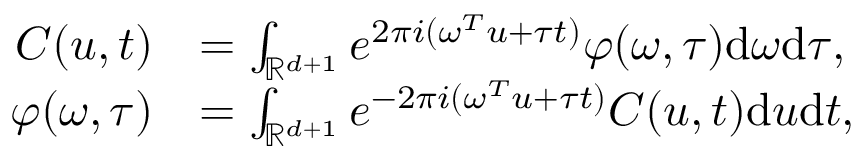
\begin{array} { r l } { C ( u , t ) } & { = \int _ { \mathbb R ^ { d + 1 } } e ^ { 2 \pi i ( \omega ^ { T } u + \tau t ) } \varphi ( \omega , \tau ) \mathrm d \omega \mathrm d \tau , } \\ { \varphi ( \omega , \tau ) } & { = \int _ { \mathbb R ^ { d + 1 } } e ^ { - 2 \pi i ( \omega ^ { T } u + \tau t ) } C ( u , t ) \mathrm d u \mathrm d t , } \end{array}